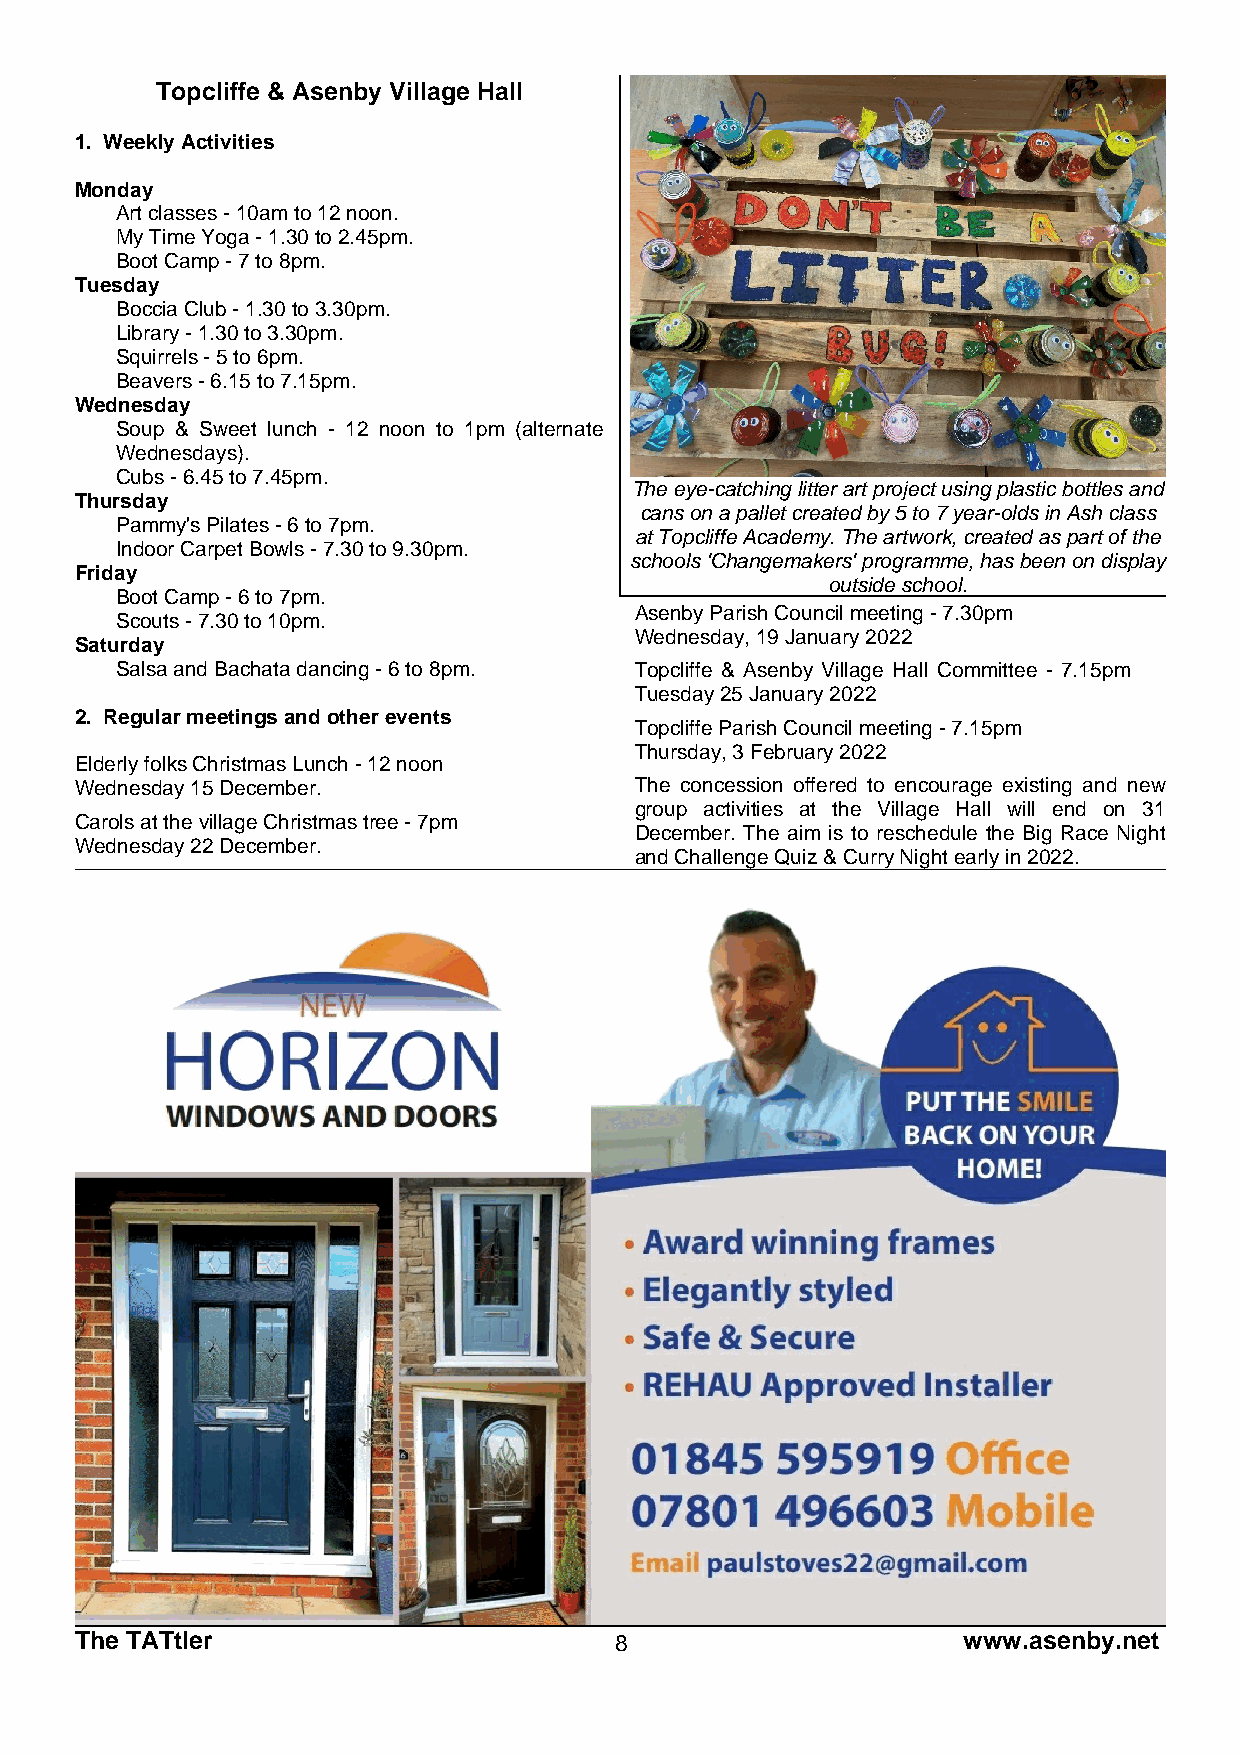
Topcliffe & Asenby Village Hall
 1. Weekly Activities
 Monday
 ● Art classes - 10am to 12 noon.
 ● My Time Yoga - 1.30 to 2.45pm.
 ● Boot Camp - 7 to 8pm.
 Tuesday
 ● Boccia Club - 1.30 to 3.30pm.
 ● Library - 1.30 to 3.30pm.
 ● Squirrels - 5 to 6pm.
 ● Beavers - 6.15 to 7.15pm.
 Wednesday
 ● Soup & Sweet lunch - 12 noon to 1pm (alternate
 Wednesdays).
 ● Cubs - 6.45 to 7.45pm.
 The eye-catching litter art project using plastic bottles and
 Thursday
 cans on a pallet created by 5 to 7 year-olds in Ash class
 ● Pammy's Pilates - 6 to 7pm.
 at Topcliffe Academy. The artwork, created as part of the
 ● Indoor Carpet Bowls - 7.30 to 9.30pm.
 schools 'Changemakers' programme, has been on display
 Friday
 outside school.
 ● Boot Camp - 6 to 7pm.
 Asenby Parish Council meeting - 7.30pm
 ● Scouts - 7.30 to 10pm.
 Wednesday, 19 January 2022
 Saturday
 ● Salsa and Bachata dancing - 6 to 8pm. Topcliffe & Asenby Village Hall Committee - 7.15pm
 Tuesday 25 January 2022
 2. Regular meetings and other events
 Topcliffe Parish Council meeting - 7.15pm
 Thursday, 3 February 2022
 Elderly folks Christmas Lunch - 12 noon
 Wednesday 15 December.               The concession offered to encourage existing and new
 group activities at the Village Hall will end on 31
 Carols at the village Christmas tree - 7pm
 December. The aim is to reschedule the Big Race Night
 Wednesday 22 December.
 and Challenge Quiz & Curry Night early in 2022.
 The TATtler                         8                      www.asenby.net